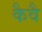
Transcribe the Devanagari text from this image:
कैवै